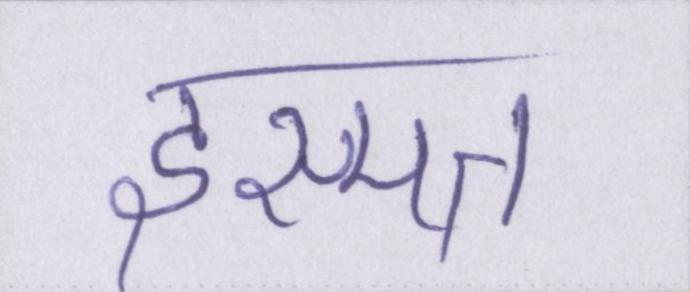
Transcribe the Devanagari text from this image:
इस्मत